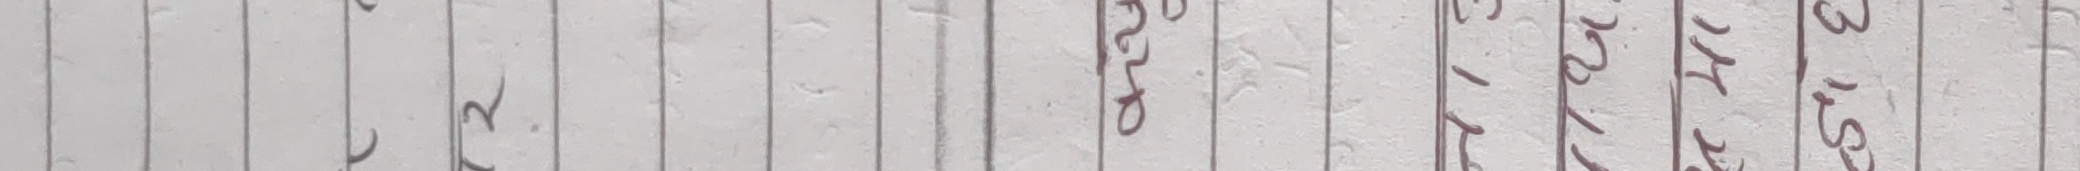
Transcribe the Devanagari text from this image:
२०७९।१।३